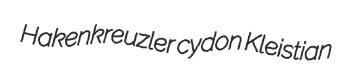
Hakenkreuzler cydon Kleistian